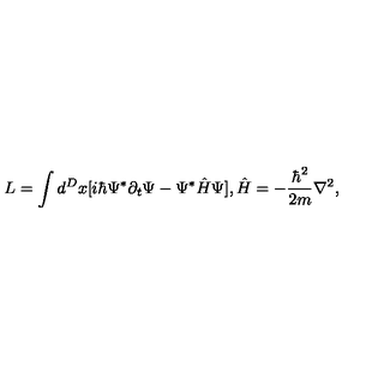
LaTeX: L = \int d ^ { D } x [ i \hbar \Psi ^ { * } \partial _ { t } \Psi - \Psi ^ { * } \hat { H } \Psi ] , \hat { H } = - \frac { \hbar ^ { 2 } } { 2 m } \nabla ^ { 2 } ,